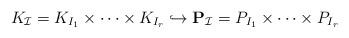
LaTeX: \begin{align*}K_{\mathcal I} = K_{I_1} \times \cdots \times K_{I_r} \hookrightarrow \mathbf P_{\mathcal I} = P_{I_1} \times \cdots \times P_{I_r}\end{align*}